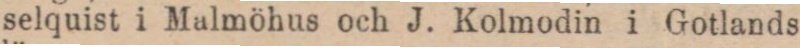
selquist i Malmöhus och J. Kolmodin i Gotlands